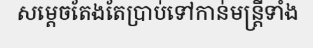
សម្តេចតែងតែប្រាប់ទៅកាន់មន្ត្រីទាំង